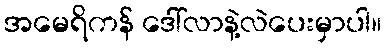
အမေရိကန် ဒေါ်လာနဲ့လဲပေးမှာပါ။